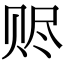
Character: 赆